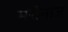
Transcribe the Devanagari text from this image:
मरीनाज